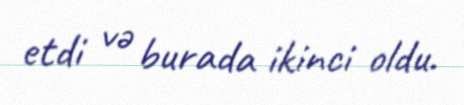
etdi və burada ikinci oldu.